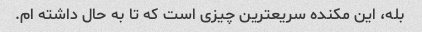
بله، این مکنده سریعترین چیزی است که تا به حال داشته ام.